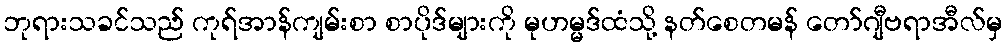
ဘုရားသခင်သည် ကုရ်အာန်ကျမ်းစာ စာပိုဒ်များကို မုဟမ္မဒ်ထံသို့ နတ်စေတမန် တော်ဂျီဗရာအီလ်မှ